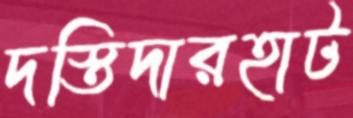
দস্তিদারহাট